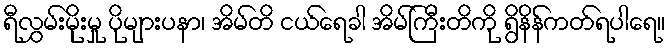
ရီလွှမ်းမိုးမှု ပိုများပနာ၊ အိမ်တိ ငယ်ရေခါ အိမ်ကြီးတိကို ရွိနိန်ကတ်ရပါရေ။